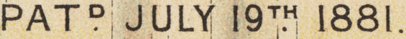
PATD. JULY 19TH. 1881.